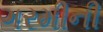
ગરમીની